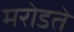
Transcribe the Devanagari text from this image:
मरोडते